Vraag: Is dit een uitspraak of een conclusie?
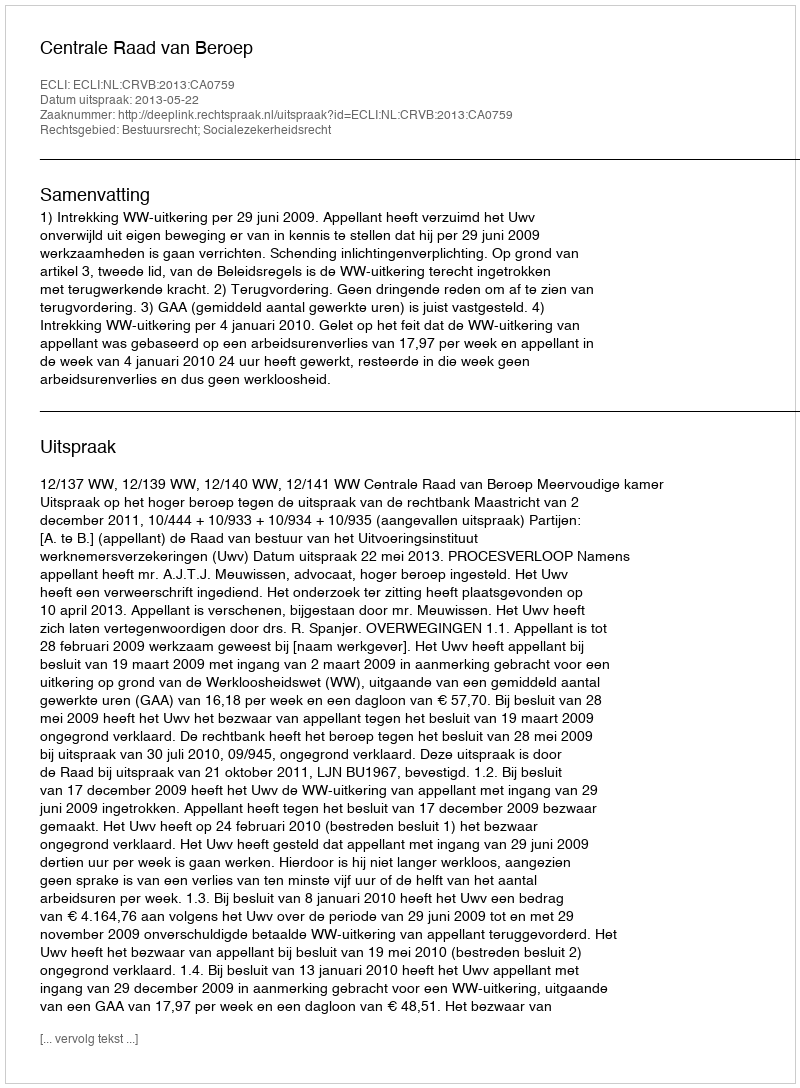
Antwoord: Uitspraak